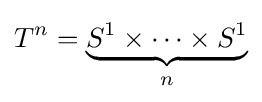
T^{n}=\underbrace {S^{1}\times \cdots \times S^{1}} _{n}